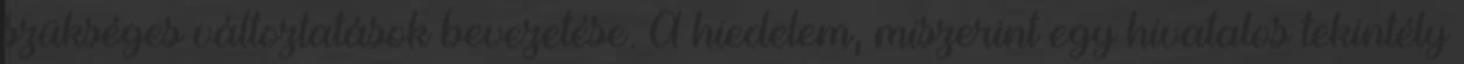
szükséges változtatások bevezetése. A hiedelem, miszerint egy hivatalos tekintély